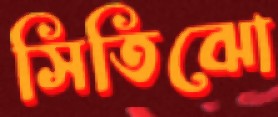
সিতিঝো